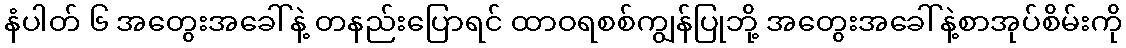
နံပါတ် ၆ အတွေးအခေါ်နဲ့ တနည်းပြောရင် ထာဝရစစ်ကျွန်ပြုဘို့ အတွေးအခေါ်နဲ့စာအုပ်စိမ်းကို